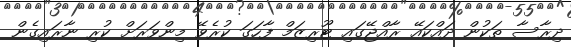
ދިރާސާ ތަކުން ދައްކައޭ ރާއްޖޭގައި ޓޫރިޒަމް ފާހަގަ ކުރެވޭ މިންވަރަށް ކުރި ނާރައިގެން